Report on sanitation, dispensaries, and jails in Rajputana for 1918, and on vaccination for the year 1918-1919 - 1918-1919
Year: 1918
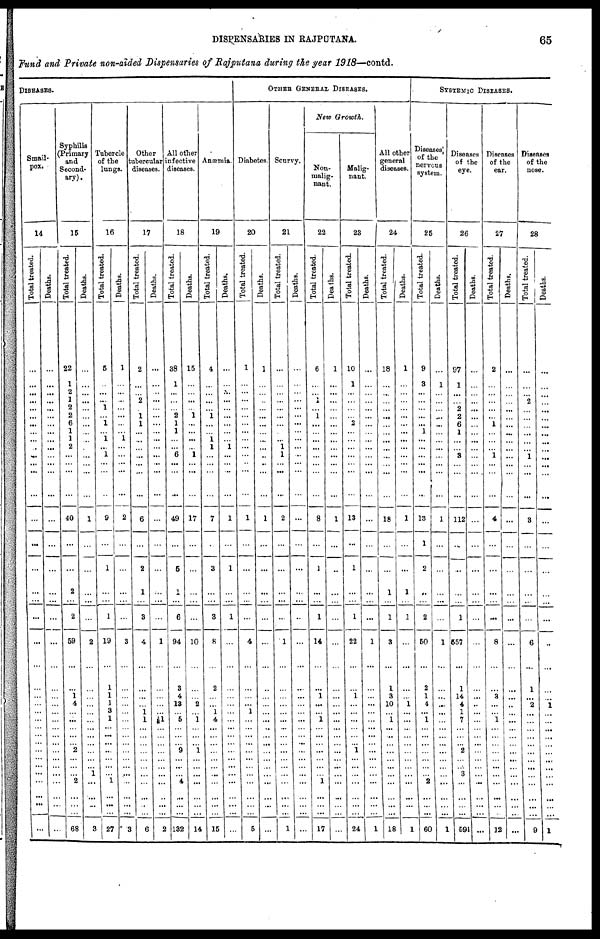
DISPENSARIES IN RAJPUTANA.
65
Fund and Private non-aided Dispensaries of Rajputana during the year 1918—contd.
DISEASES.
Small¬
pox.
14
Total treated.
...
...
...
...
...
...
...
...
...
...
...
...
...
...
...
...
...
...
...
...
...
...
...
...
...
...
...
...
...
...
...
...
...
...
...
...
...
...
...
Deaths.
...
...
...
...
...
...
...
...
...
...
...
...
...
...
...
...
...
...
...
...
...
...
...
...
...
...
... ...
...
...
...
...
...
...
...
...
...
...
...
Syphilis
(Primary
and
Second-
ary).
15
Total treated.
22
1
2
1
2
2
6
1
1
2
...
...
...
...
40
...
...
2
...
2
59
...
...
1
4
...
...
...
...
...
2
...
...
... 2
...
...
...
68
Deaths.
...
...
...
...
...
...
...
...
...
...
...
...
...
...
1
...
...
...
...
...
2
...
...
...
...
...
... ...
...
...
...
...
...
1
...
...
...
...
3
Tubercle
of the
lungs.
16
Total treated.
5
...
...
...
1
...
1
...
1
...
1
...
...
...
9
...
1
...
...
1
19
...
1
1
1
3
1
...
...
...
...
... ...
...
1
...
...
...
27
Deaths.
1
...
...
...
...
...
...
...
1
...
...
...
...
...
2
...
...
...
...
...
3
...
...
...
...
...
...
...
...
...
...
...
...
...
...
...
...
...
3
Other
tubercular
diseases.
17
Total treated.
2
...
...
2
...
1
1
...
...
...
...
...
...
...
6
...
2
1
...
3
4
...
...
...
...
1
1
...
...
...
...
...
...
...
...
...
...
...
6
Deaths.
...
...
...
...
...
...
...
...
...
...
...
...
...
...
...
...
...
...
...
...
1
...
...
...
...
...
1
...
...
...
...
...
...
...
...
...
...
...
2
All other
infective
diseases.
18
Total treated.
38
1
...
...
...
2
1
1
...
...
6
...
...
...
49
...
5
1
...
6
94
...
3
4
13
...
5
...
...
...
9
...
...
... 4
...
...
...
132
Deaths.
15
...
...
...
...
1
...
...
...
...
1
...
...
...
17
...
...
...
...
...
10
...
...
...
2
...
1
...
...
...
1
...
...
...
...
...
...
...
14
Anæmia.
19
Total treated.
4
...
...
...
...
1
...
...
1
1
...
...
...
...
7
...
3
...
...
3
8
...
2
...
...
1
4
...
...
...
...
...
...
...
...
...
...
...
15
Deaths.
...
...
...
...
...
...
...
...
...
1
...
...
...
...
1
...
1
...
...
1
...
...
...
...
...
...
... ...
...
...
...
...
...
... ...
...
...
...
...
OTHER GENERAL DISEASES.
Diabetes.
20
Total treated.
1
...
...
...
...
...
...
...
...
...
...
...
...
...
1
...
...
...
...
...
4
...
...
...
...
1
... ...
...
...
...
...
...
... ...
...
...
...
5
Deaths.
1
...
...
...
...
...
...
...
...
...
...
...
...
...
1
...
...
...
...
...
...
...
...
...
...
...
... ...
...
...
...
...
...
...
...
...
...
...
...
Scurvy.
21
Total treated.
...
...
...
...
...
...
...
...
...
1
1
...
...
...
2
...
...
...
...
...
1
...
...
...
...
...
... ...
...
...
...
... ...
...
...
...
...
...
1
Deaths.
...
...
...
...
...
...
...
...
...
...
...
...
...
...
...
...
...
...
...
...
...
...
...
...
...
...
...
...
...
...
...
...
...
...
...
...
...
...
...
New Growth.
Non¬
malig-
nant.
22
Total treated.
6
...
...
1
...
1
...
...
...
...
...
...
...
...
8
...
1
...
...
1
14
...
...
1
...
...
1
...
...
...
...
...
...
... 1
...
...
...
17
Deaths.
1
...
...
...
...
...
...
...
...
...
...
...
...
...
1
...
...
...
...
...
...
...
...
...
...
...
...
...
...
...
...
...
...
... ...
...
...
...
...
Malig-
nant.
23
Total treated.
10
1
...
...
...
...
2
...
...
...
...
...
...
...
13
...
1
...
...
1
22
...
...
1
...
...
...
...
...
...
1
... ...
... ...
...
...
...
24
Deaths.
...
...
...
...
...
...
...
...
...
...
...
...
...
...
...
...
...
...
...
...
1
...
...
...
...
...
...
...
...
...
...
...
...
...
...
...
...
...
1
All other
general
diseases.
24
Total treated.
18
...
...
...
...
...
...
...
...
...
...
...
...
...
18
...
...
1
...
1
3
... 1
3
10
...
1
...
...
...
...
... ...
...
...
...
...
...
18
Deaths.
1
...
...
...
...
...
...
...
...
...
...
...
...
...
1
...
...
1
...
1
...
...
...
...
1
...
... ...
...
...
...
...
...
... ...
...
...
...
1
SYSTEMIC DISEASES.
Diseases
of the
nervous
system.
25
Total treated.
9
3
...
...
...
...
...
1
...
...
...
...
...
...
13
1
2
...
...
2
50
...
2
1
4
...
1
...
...
...
...
...
...
... 2
...
...
...
60
Deaths.
...
1
...
...
...
...
...
...
...
...
...
...
...
...
1
...
...
...
...
...
1
...
...
...
...
...
... ...
...
...
...
...
...
...
...
...
...
...
1
Diseases
of the
eye.
26
Total treated.
97
1
...
...
2
2
6
1
...
...
3
...
...
...
112
...
...
...
...
1
557
...
1
14
4
1
7
...
...
...
2
...
...
3
...
...
...
...
591
Deaths.
...
...
...
...
...
...
...
...
...
...
...
...
...
...
...
...
...
...
...
...
...
...
...
...
...
...
...
...
...
...
...
... ...
...
...
...
...
...
...
Diseases
of the
ear.
27
Total treated.
2
...
...
...
...
...
1
...
...
...
1
...
...
...
4
...
...
...
...
...
8
...
...
3
...
...
1
...
...
...
...
... ...
...
...
...
...
...
12
Deaths.
...
...
...
...
...
...
...
...
...
...
...
...
...
...
...
...
...
...
...
...
...
...
...
...
...
...
...
...
...
...
...
...
...
...
...
...
...
...
...
Diseases
of the
nose.
28
Total treated.
...
...
...
2
...
...
...
...
...
...
1
...
...
...
3
...
...
...
...
...
6
...
1
...
2
...
...
...
...
...
...
... ...
...
...
...
...
...
9
Deaths.
...
...
...
...
...
...
...
...
...
...
...
...
...
...
...
...
...
...
...
...
...
...
...
...
1
...
...
...
...
...
...
...
...
...
...
...
...
...
1